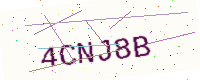
Text: 4CNJ8B